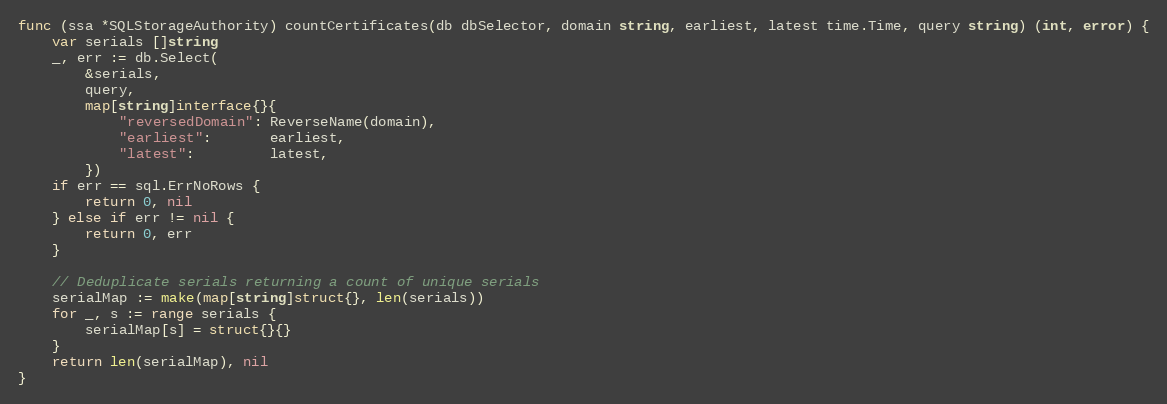
Language: Go
func (ssa *SQLStorageAuthority) countCertificates(db dbSelector, domain string, earliest, latest time.Time, query string) (int, error) {
	var serials []string
	_, err := db.Select(
		&serials,
		query,
		map[string]interface{}{
			"reversedDomain": ReverseName(domain),
			"earliest":       earliest,
			"latest":         latest,
		})
	if err == sql.ErrNoRows {
		return 0, nil
	} else if err != nil {
		return 0, err
	}

	// Deduplicate serials returning a count of unique serials
	serialMap := make(map[string]struct{}, len(serials))
	for _, s := range serials {
		serialMap[s] = struct{}{}
	}
	return len(serialMap), nil
}